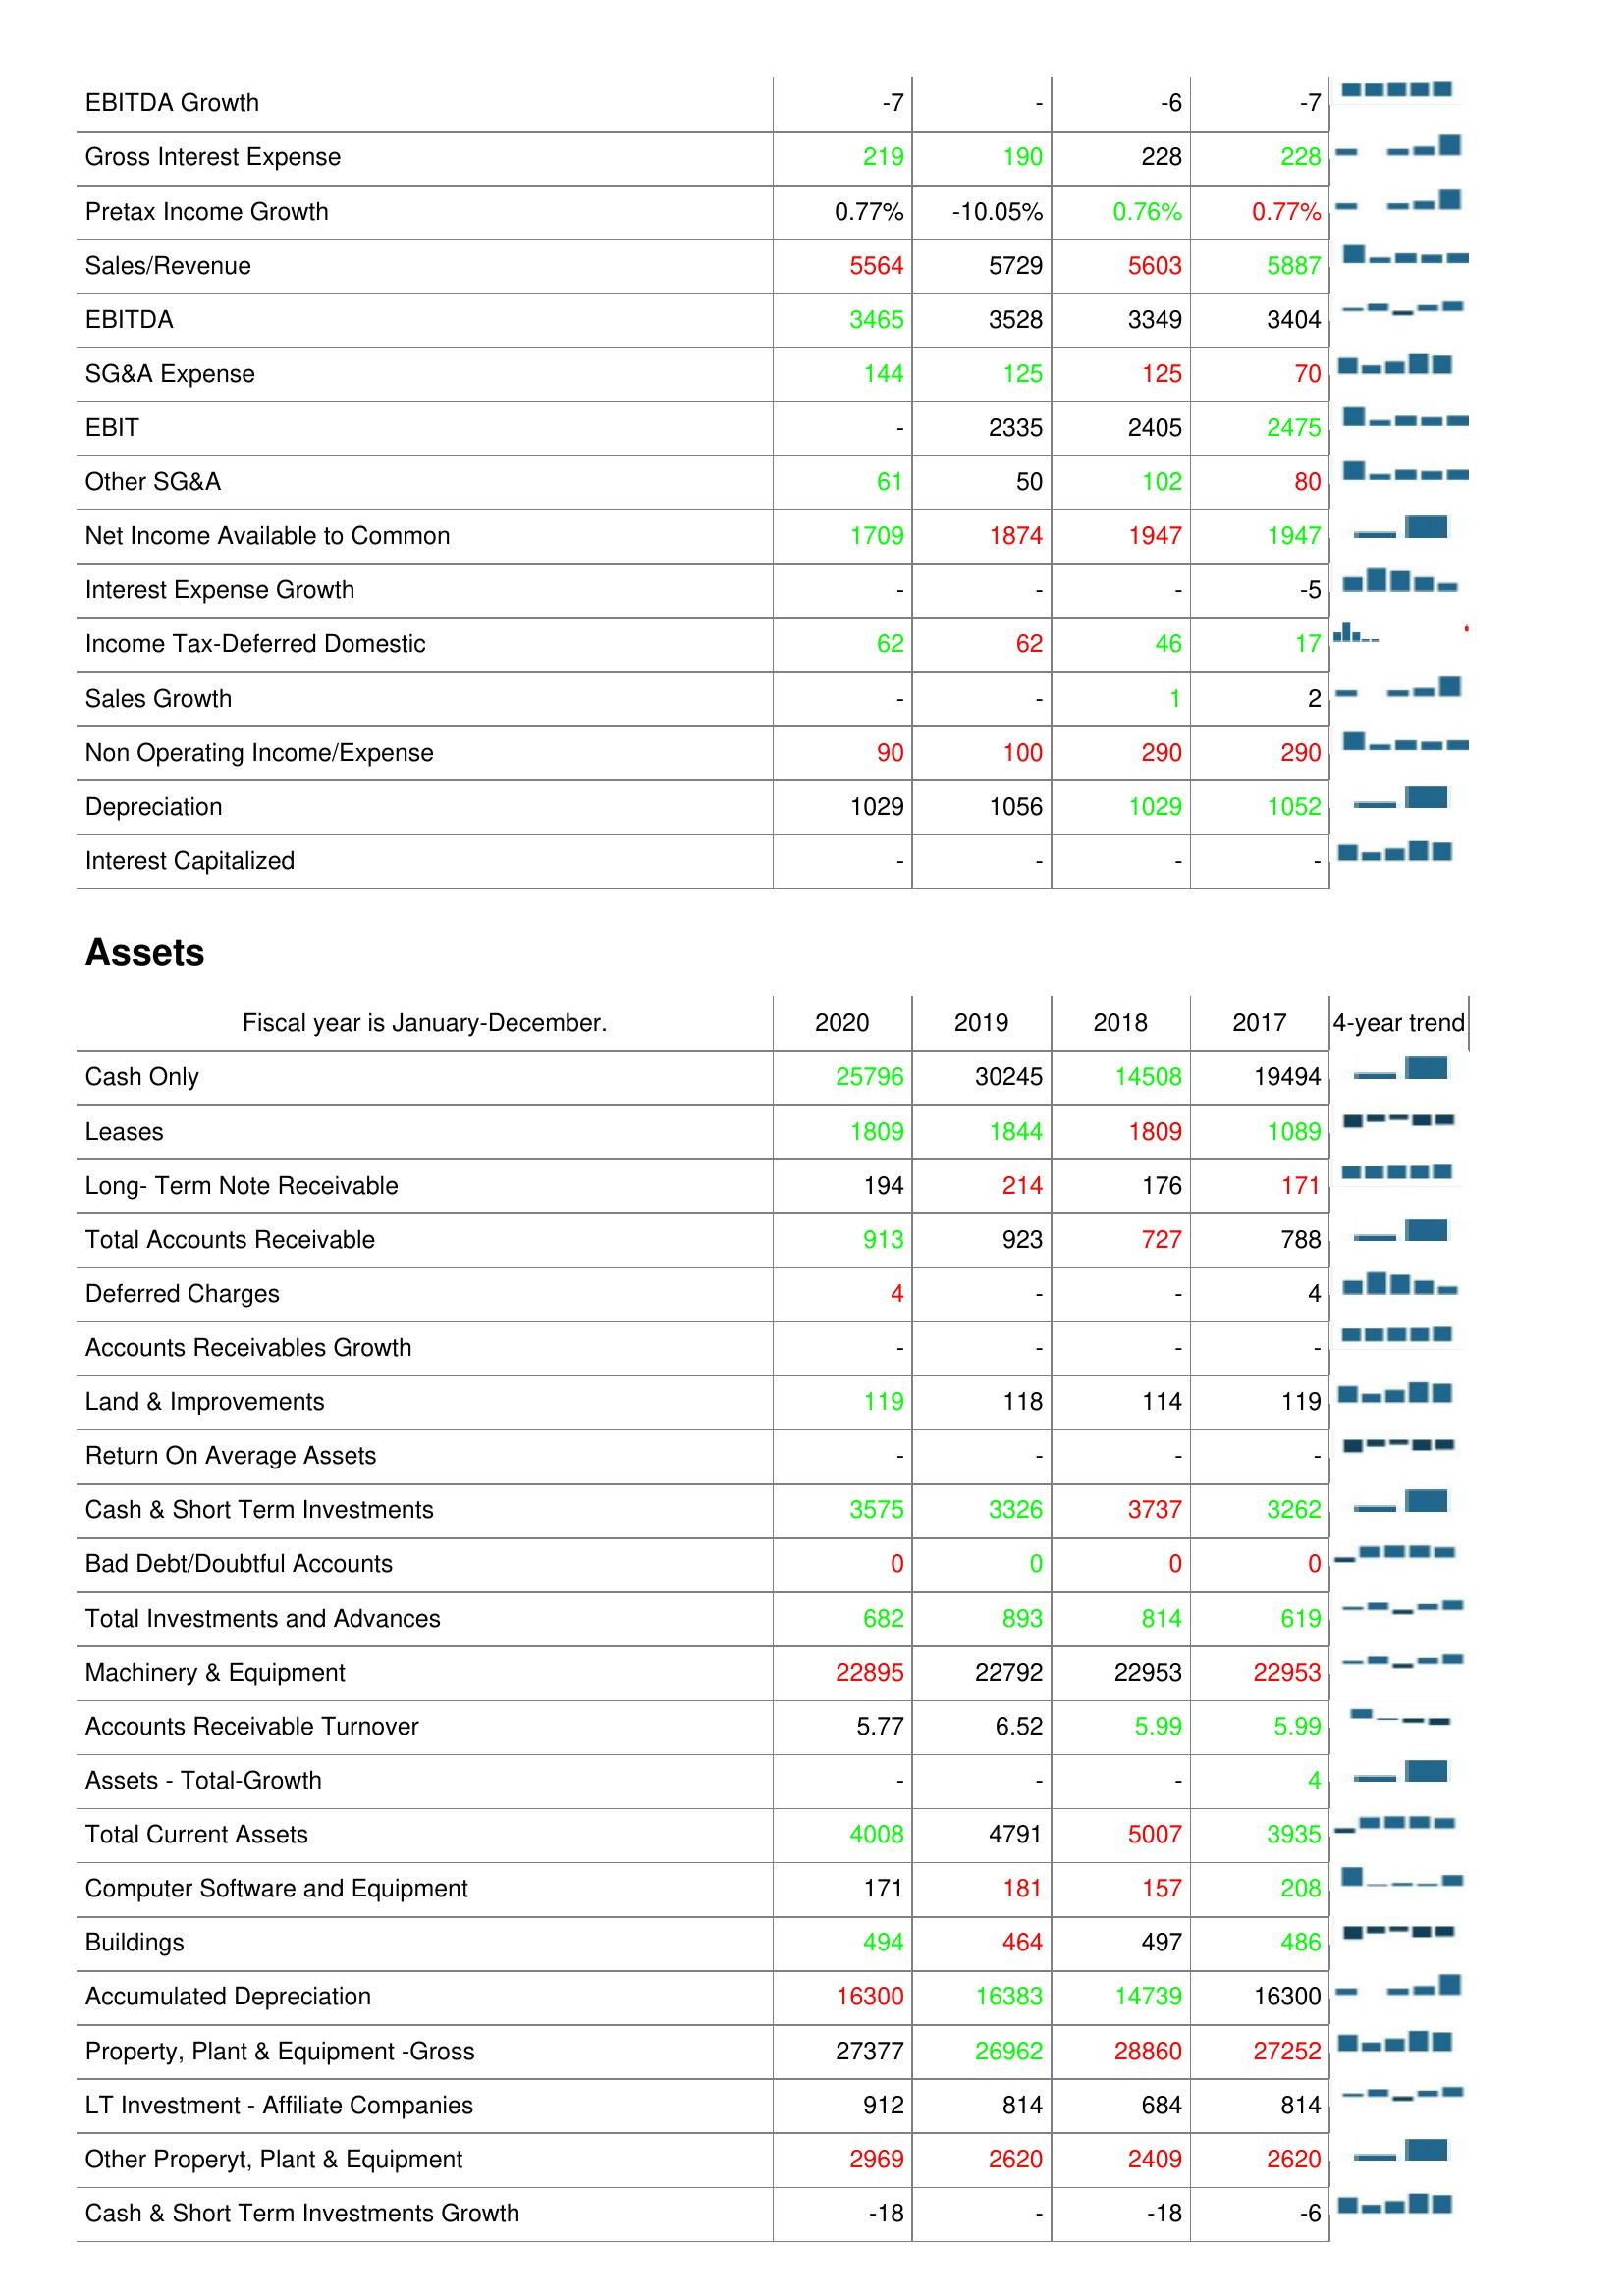
2020: : EBITDA Growth: -7
Gross Interest Expense: 219
Pretax Income Growth: 0.77%
Sales/Revenue: 5564
EBITDA: 3465
SG&A Expense: 144
EBIT: -
Other SG&A: 61
Net Income Available to Common: 1709
Interest Expense Growth: -
Income Tax-Deferred Domestic: 62
Sales Growth: -
Non Operating Income/Expense: 90
Depreciation: 1029
Interest Capitalized: -
Assets: Cash Only: 25796
Leases: 1809
Long- Term Note Receivable: 194
Total Accounts Receivable: 913
Deferred Charges: 4
Accounts Receivables Growth: -
Land & Improvements: 119
Return On Average Assets: -
Cash & Short Term Investments: 3575
Bad Debt/Doubtful Accounts: 0
Total Investments and Advances: 682
Machinery & Equipment: 22895
Accounts Receivable Turnover: 5.77
Assets - Total-Growth: -
Total Current Assets: 4008
Computer Software and Equipment: 171
Buildings: 494
Accumulated Depreciation: 16300
Property, Plant & Equipment -Gross: 27377
LT Investment - Affiliate Companies: 912
Other Properyt, Plant & Equipment: 2969
Cash & Short Term Investments Growth: -18
2019: : EBITDA Growth: -
Gross Interest Expense: 190
Pretax Income Growth: -10.05%
Sales/Revenue: 5729
EBITDA: 3528
SG&A Expense: 125
EBIT: 2335
Other SG&A: 50
Net Income Available to Common: 1874
Interest Expense Growth: -
Income Tax-Deferred Domestic: 62
Sales Growth: -
Non Operating Income/Expense: 100
Depreciation: 1056
Interest Capitalized: -
Assets: Cash Only: 30245
Leases: 1844
Long- Term Note Receivable: 214
Total Accounts Receivable: 923
Deferred Charges: -
Accounts Receivables Growth: -
Land & Improvements: 118
Return On Average Assets: -
Cash & Short Term Investments: 3326
Bad Debt/Doubtful Accounts: 0
Total Investments and Advances: 893
Machinery & Equipment: 22792
Accounts Receivable Turnover: 6.52
Assets - Total-Growth: -
Total Current Assets: 4791
Computer Software and Equipment: 181
Buildings: 464
Accumulated Depreciation: 16383
Property, Plant & Equipment -Gross: 26962
LT Investment - Affiliate Companies: 814
Other Properyt, Plant & Equipment: 2620
Cash & Short Term Investments Growth: -
2018: : EBITDA Growth: -6
Gross Interest Expense: 228
Pretax Income Growth: 0.76%
Sales/Revenue: 5603
EBITDA: 3349
SG&A Expense: 125
EBIT: 2405
Other SG&A: 102
Net Income Available to Common: 1947
Interest Expense Growth: -
Income Tax-Deferred Domestic: 46
Sales Growth: 1
Non Operating Income/Expense: 290
Depreciation: 1029
Interest Capitalized: -
Assets: Cash Only: 14508
Leases: 1809
Long- Term Note Receivable: 176
Total Accounts Receivable: 727
Deferred Charges: -
Accounts Receivables Growth: -
Land & Improvements: 114
Return On Average Assets: -
Cash & Short Term Investments: 3737
Bad Debt/Doubtful Accounts: 0
Total Investments and Advances: 814
Machinery & Equipment: 22953
Accounts Receivable Turnover: 5.99
Assets - Total-Growth: -
Total Current Assets: 5007
Computer Software and Equipment: 157
Buildings: 497
Accumulated Depreciation: 14739
Property, Plant & Equipment -Gross: 28860
LT Investment - Affiliate Companies: 684
Other Properyt, Plant & Equipment: 2409
Cash & Short Term Investments Growth: -18
2017: : EBITDA Growth: -7
Gross Interest Expense: 228
Pretax Income Growth: 0.77%
Sales/Revenue: 5887
EBITDA: 3404
SG&A Expense: 70
EBIT: 2475
Other SG&A: 80
Net Income Available to Common: 1947
Interest Expense Growth: -5
Income Tax-Deferred Domestic: 17
Sales Growth: 2
Non Operating Income/Expense: 290
Depreciation: 1052
Interest Capitalized: -
Assets: Cash Only: 19494
Leases: 1089
Long- Term Note Receivable: 171
Total Accounts Receivable: 788
Deferred Charges: 4
Accounts Receivables Growth: -
Land & Improvements: 119
Return On Average Assets: -
Cash & Short Term Investments: 3262
Bad Debt/Doubtful Accounts: 0
Total Investments and Advances: 619
Machinery & Equipment: 22953
Accounts Receivable Turnover: 5.99
Assets - Total-Growth: 4
Total Current Assets: 3935
Computer Software and Equipment: 208
Buildings: 486
Accumulated Depreciation: 16300
Property, Plant & Equipment -Gross: 27252
LT Investment - Affiliate Companies: 814
Other Properyt, Plant & Equipment: 2620
Cash & Short Term Investments Growth: -6